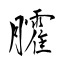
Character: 臛